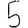
Digit: 5